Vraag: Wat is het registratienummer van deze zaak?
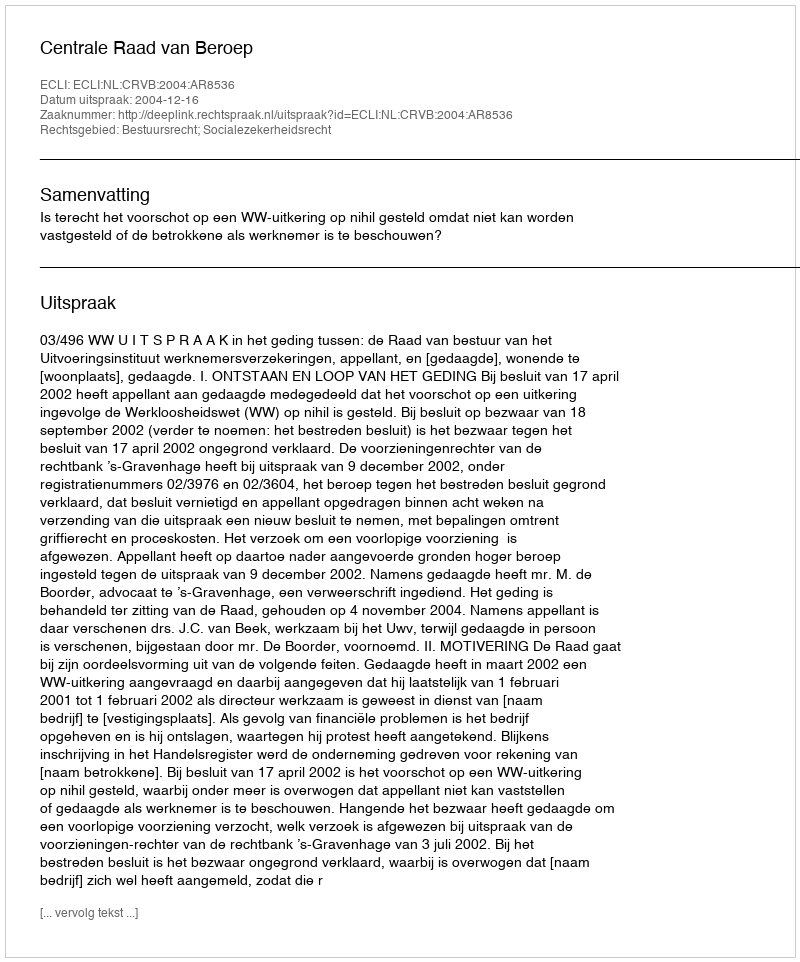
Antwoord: http://deeplink.rechtspraak.nl/uitspraak?id=ECLI:NL:CRVB:2004:AR8536